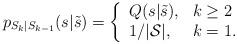
LaTeX: \begin{align*}p_{S_k|S_{k-1}}(s|\tilde{s}) = \left\{\begin{array}{ll}Q(s|\tilde{s}), & k \geq 2 \\1/|\mathcal{S}|,& k = 1. \end{array}\right.\end{align*}